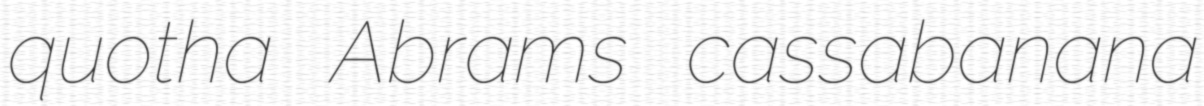
quotha Abrams cassabanana